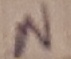
Text: N